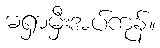
မရှာမှီးအပ်ကုန်။